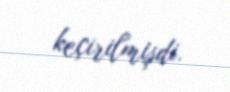
keçirilmişdi.